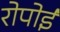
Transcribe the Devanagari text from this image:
रोपोई